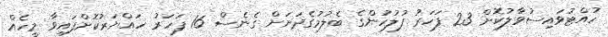
ހުއްޓުވައިސުވާލުކޮށް 23 ފަހަރު ފުލުހުންގެ ބެލުމުގެދަށަށް ގެނެސް 16 ފަހަރު ހައްޔަރުކޮށްފައިވާ މީހެއް